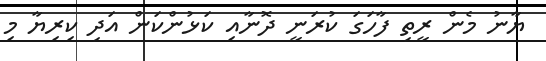
ޔާނު މެން ރީތި ފާހަގަ ކުރަނީ ދޮނާއި ކަޅުންކަން އަދި ކިރިޔާ މި